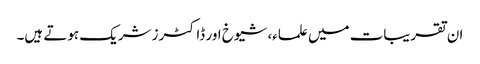
ان تقریبات میں علماء، شیوخ اور ڈاکٹرز شریک ہوتے ہیں۔